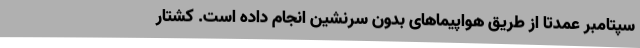
سپتامبر عمدتا از طریق هواپیماهای بدون سرنشین انجام داده است. کشتار